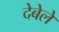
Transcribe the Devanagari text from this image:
देबेले